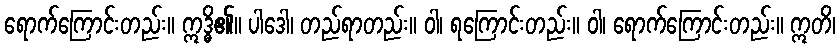
ရောက်ကြောင်းတည်း။ ဣဒ္ဓိ၏။ ပါဒေါ၊ တည်ရာတည်း။ ဝါ၊ ရကြောင်းတည်း။ ဝါ၊ ရောက်ကြောင်းတည်း။ ဣတိ၊